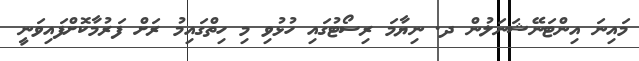
މައިނަ އިންޓަނޭޝަނަލުން ދ. ނިޔާމަ ރިސޯޓުގައި ހުޅުވި މި ހިތްގައިމު ރަށް ފަރުމާކޮށްފައިވަނީ